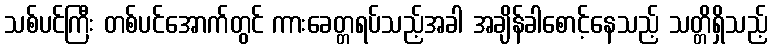
သစ်ပင်ကြီး တစ်ပင်အောက်တွင် ကားခေတ္တရပ်သည့်အခါ အချိန်ခါစောင့်နေသည့် သတ္တိရှိသည့်